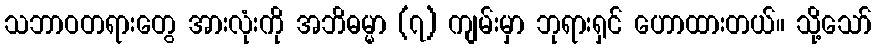
သဘာဝတရားတွေ အားလုံးကို အဘိဓမ္မာ (၇) ကျမ်းမှာ ဘုရားရှင် ဟောထားတယ်။ သို့သော်